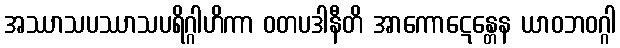
အဿာသပဿာသပရိဂ္ဂါဟိကာ ဝတပဒါနီတိ အာကောဋေန္တေန ယာဝဘဝဂ္ဂါ